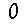
Digit: 0